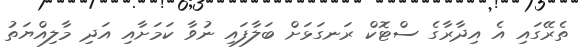
ތެރޭގައި އެ އިދާރާގެ ސްޓޮކް ރަނގަޅަށް ބަލާފައި ނުވާ ކަމަށާއި އަދި މާލިއްޔަތު